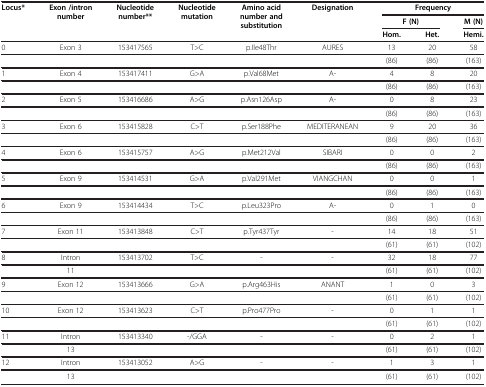
<table><thead><tr><td rowspan="3"><b>Locus*</b></td><td rowspan="3"><b>Exon /intron number</b></td><td rowspan="3"><b>Nucleotide number**</b></td><td rowspan="3"><b>Nucleotide mutation</b></td><td rowspan="3"><b>Amino acid number and substitution</b></td><td rowspan="3"><b>Designation</b></td><td colspan="3"><b>Frequency</b></td></tr><tr><td colspan="2"><b>F (N)</b></td><td><b>M (N)</b></td></tr><tr><td><b>Hom.</b></td><td><b>Het.</b></td><td><b>Hemi.</b></td></tr></thead><tbody><tr><td>0</td><td>Exon 3</td><td>153417565</td><td>T&gt;C</td><td>p.Ile48Thr</td><td>AURES</td><td>13</td><td>20</td><td>58</td></tr><tr><td> </td><td> </td><td> </td><td> </td><td> </td><td> </td><td>(86)</td><td>(86)</td><td>(163)</td></tr><tr><td>1</td><td>Exon 4</td><td>153417411</td><td>G&gt;A</td><td>p.Val68Met</td><td>A-</td><td>4</td><td>8</td><td>20</td></tr><tr><td> </td><td> </td><td> </td><td> </td><td> </td><td> </td><td>(86)</td><td>(86)</td><td>(163)</td></tr><tr><td>2</td><td>Exon 5</td><td>153416686</td><td>A&gt;G</td><td>p.Asn126Asp</td><td>A-</td><td>0</td><td>8</td><td>23</td></tr><tr><td> </td><td> </td><td> </td><td> </td><td> </td><td> </td><td>(86)</td><td>(86)</td><td>(163)</td></tr><tr><td>3</td><td>Exon 6</td><td>153415828</td><td>C&gt;T</td><td>p.Ser188Phe</td><td>MEDITERANEAN</td><td>9</td><td>20</td><td>36</td></tr><tr><td> </td><td> </td><td> </td><td> </td><td> </td><td> </td><td>(86)</td><td>(86)</td><td>(163)</td></tr><tr><td>4</td><td>Exon 6</td><td>153415757</td><td>A&gt;G</td><td>p.Met212Val</td><td>SIBARI</td><td>0</td><td>0</td><td>2</td></tr><tr><td> </td><td> </td><td> </td><td> </td><td> </td><td> </td><td>(86)</td><td>(86)</td><td>(163)</td></tr><tr><td>5</td><td>Exon 9</td><td>153414531</td><td>G&gt;A</td><td>p.Val291Met</td><td>VIANGCHAN</td><td>0</td><td>0</td><td>1</td></tr><tr><td> </td><td> </td><td> </td><td> </td><td> </td><td> </td><td>(86)</td><td>(86)</td><td>(163)</td></tr><tr><td>6</td><td>Exon 9</td><td>153414434</td><td>T&gt;C</td><td>p.Leu323Pro</td><td>A-</td><td>0</td><td>1</td><td>0</td></tr><tr><td> </td><td> </td><td> </td><td> </td><td> </td><td> </td><td>(86)</td><td>(86)</td><td>(163)</td></tr><tr><td>7</td><td>Exon 11</td><td>153413848</td><td>C&gt;T</td><td>p.Tyr437Tyr</td><td>-</td><td>14</td><td>18</td><td>51</td></tr><tr><td> </td><td> </td><td> </td><td> </td><td> </td><td> </td><td>(61)</td><td>(61)</td><td>(102)</td></tr><tr><td>8</td><td>Intron</td><td>153413702</td><td>T&gt;C</td><td>-</td><td>-</td><td>32</td><td>18</td><td>77</td></tr><tr><td> </td><td>11</td><td> </td><td> </td><td> </td><td> </td><td>(61)</td><td>(61)</td><td>(102)</td></tr><tr><td>9</td><td>Exon 12</td><td>153413666</td><td>G&gt;A</td><td>p.Arg463His</td><td>ANANT</td><td>1</td><td>0</td><td>3</td></tr><tr><td> </td><td> </td><td> </td><td> </td><td> </td><td> </td><td>(61)</td><td>(61)</td><td>(102)</td></tr><tr><td>10</td><td>Exon 12</td><td>153413623</td><td>C&gt;T</td><td>p.Pro477Pro</td><td>-</td><td>0</td><td>1</td><td>1</td></tr><tr><td> </td><td> </td><td> </td><td> </td><td> </td><td> </td><td>(61)</td><td>(61)</td><td>(102)</td></tr><tr><td>11</td><td>Intron</td><td>153413340</td><td>-/GGA</td><td>-</td><td>-</td><td>0</td><td>2</td><td>1</td></tr><tr><td> </td><td>13</td><td> </td><td> </td><td> </td><td> </td><td>(61)</td><td>(61)</td><td>(102)</td></tr><tr><td>12</td><td>Intron</td><td>153413052</td><td>A&gt;G</td><td>-</td><td>-</td><td>1</td><td>3</td><td>1</td></tr><tr><td> </td><td>13</td><td> </td><td> </td><td> </td><td> </td><td>(61)</td><td>(61)</td><td>(102)</td></tr></tbody></table>